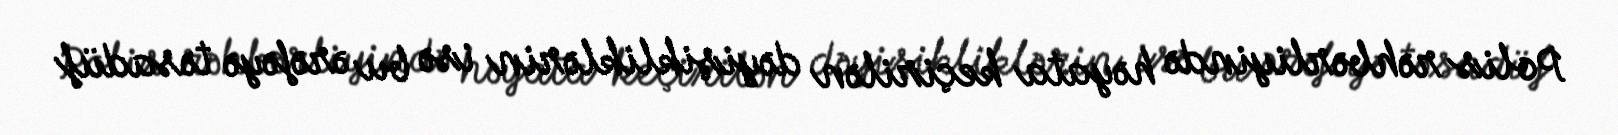
Polis rəhbərliyində həyata keçirilən dəyişikliklərin isə bu ərəfəyə təsadüf